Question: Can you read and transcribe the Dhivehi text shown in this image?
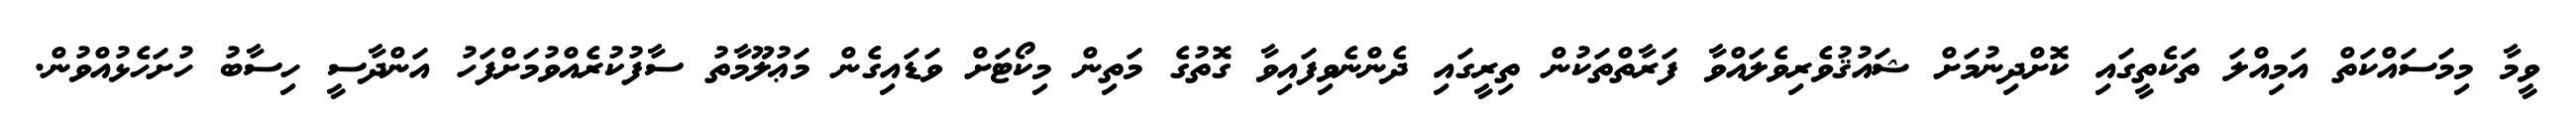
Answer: ވީމާ މިމަސައްކަތް އަމިއްލަ ތަކެތީގައި ކޮށްދިނުމަށް ޝައުޤުވެރިވެލައްވާ ފަރާތްތަކުން ތިރީގައި ދެންނެވިފައިވާ ގޮތުގެ މަތިން މިކޯޓަށް ވަޑައިގެން މަޢުލޫމާތު ސާފުކުރެއްވުމަށްފަހު އަންދާސީ ހިސާބު ހުށަހެޅުއްވުން.